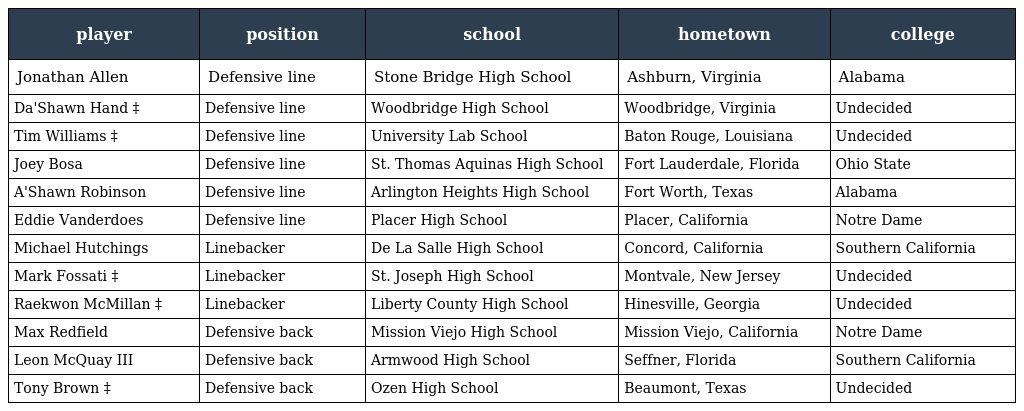
| player | position | school | hometown | college |
 | --- | --- | --- | --- | --- |
 | Jonathan Allen | Defensive line | Stone Bridge High School | Ashburn, Virginia | Alabama |
 | Da'Shawn Hand ‡ | Defensive line | Woodbridge High School | Woodbridge, Virginia | Undecided |
 | Tim Williams ‡ | Defensive line | University Lab School | Baton Rouge, Louisiana | Undecided |
 | Joey Bosa | Defensive line | St. Thomas Aquinas High School | Fort Lauderdale, Florida | Ohio State |
 | A'Shawn Robinson | Defensive line | Arlington Heights High School | Fort Worth, Texas | Alabama |
 | Eddie Vanderdoes | Defensive line | Placer High School | Placer, California | Notre Dame |
 | Michael Hutchings | Linebacker | De La Salle High School | Concord, California | Southern California |
 | Mark Fossati ‡ | Linebacker | St. Joseph High School | Montvale, New Jersey | Undecided |
 | Raekwon McMillan ‡ | Linebacker | Liberty County High School | Hinesville, Georgia | Undecided |
 | Max Redfield | Defensive back | Mission Viejo High School | Mission Viejo, California | Notre Dame |
 | Leon McQuay III | Defensive back | Armwood High School | Seffner, Florida | Southern California |
 | Tony Brown ‡ | Defensive back | Ozen High School | Beaumont, Texas | Undecided |